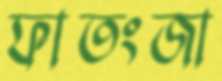
ফাতংজা